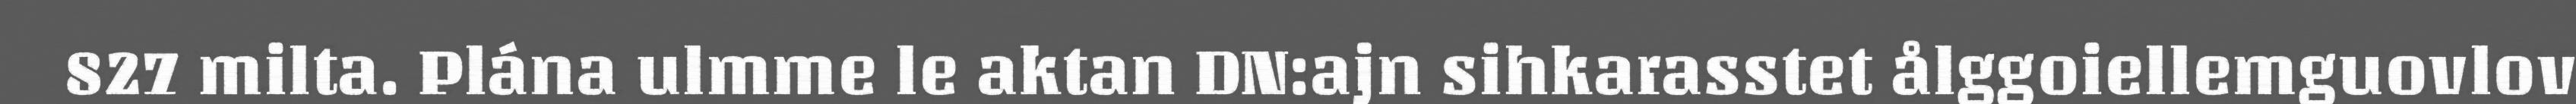
827 milta. Plána ulmme le aktan DN:ajn sihkarasstet ålggoiellemguovlov